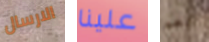
الارسال علينا نعم